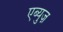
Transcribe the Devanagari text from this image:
एब्युज़